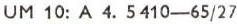
UM 10: A 4. 5410-65/27